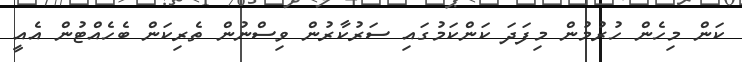
ކަން މިހެން ހުރުމުން މިފަދަ ކަންކަމުގައި ސަރުކާރުން ވިސްނުން ތެރިކަން ބެހެއްޓުން އެއީ